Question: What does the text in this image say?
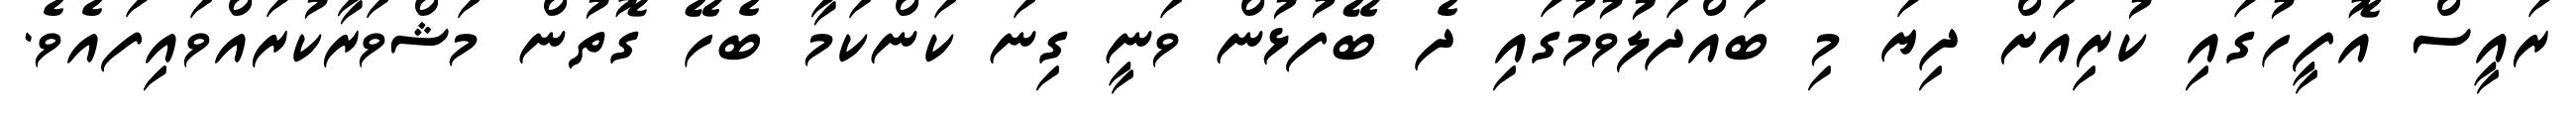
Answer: ރައީސް އޮފީހުގައި ކުރިއަށް ދިޔަ މި ބައްދަލުވުމުގައި ދެ ބޭފުޅުން ވަނީ ގިނަ ކަންކަމާ ބެހޭ ގޮތުން މަޝްވަރާކުރައްވައިފައެވެ.